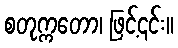
စတုက္ကတော၊ ဖြင့်၎င်း။